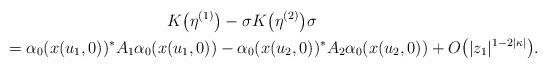
LaTeX: \begin{gather*}K\big(\eta^{(1)}\big) -\sigma K\big( \eta^{(2) }\big) \sigma\\\qquad{} =\alpha_{0} ( x(u_{1},0) ) ^{\ast}A_{1}\alpha_{0}( x(u_{1},0)) -\alpha_{0}(x(u_{2},0)) ^{\ast}A_{2}\alpha_{0}(x(u_{2},0)) +O\big(\vert z_{1}\vert ^{1-2\vert \kappa\vert}\big) .\end{gather*}